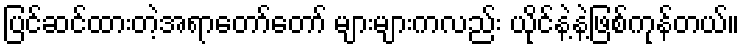
ပြင်ဆင်ထားတဲ့အရာတော်တော် များများကလည်း ယိုင်နဲ့နဲ့ဖြစ်ကုန်တယ်။